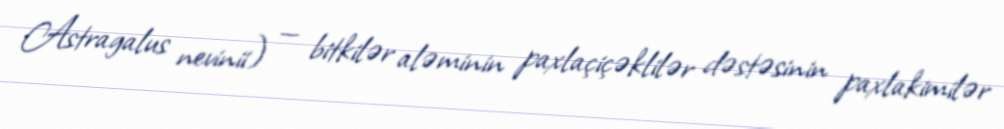
Astragalus nevinii) — bitkilər aləminin paxlaçiçəklilər dəstəsinin paxlakimilər